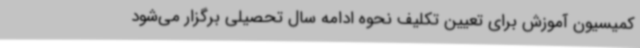
کمیسیون آموزش برای تعیین تکلیف نحوه ادامه سال تحصیلی برگزار می‌شود